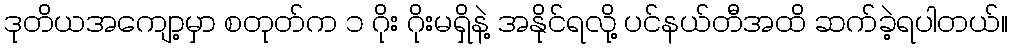
ဒုတိယအကျော့မှာ စတုတ်က ၁ ဂိုး ဂိုးမရှိနဲ့ အနိုင်ရလို့ ပင်နယ်တီအထိ ဆက်ခဲ့ရပါတယ်။